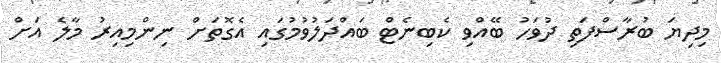
މިދިޔަ ބުރާސްފަތި ދުވަހު ބޭއްވި ކެބިނެޓް ބައްދަލުވުމުގައި އެގޮތަށް ނިންމިއިރު މާލެ އަށް